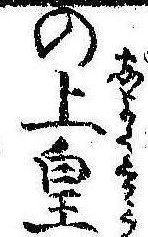
の上皇